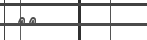
٣٧